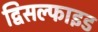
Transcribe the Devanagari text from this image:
द्विसल्फाइड